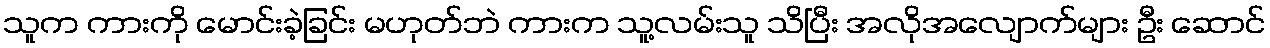
သူက ကားကို မောင်းခဲ့ခြင်း မဟုတ်ဘဲ ကားက သူ့လမ်းသူ သိပြီး အလိုအလျောက်များ ဦး ဆောင်